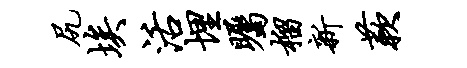
尻埃活埋瞩榴新蔌